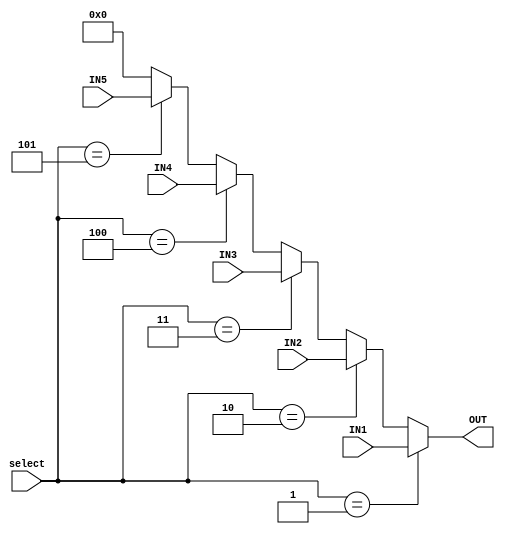
`timescale 1ns / 1ps
//////////////////////////////////////////////////////////////////////////////////
// Company: 
// 
// Design Name: 
// Module Name:    Multiplexer5 
// Project Name: 
// Target Devices: 
// Tool versions: 
// Description: 
//
// Dependencies: 
//
// Revision: 
// Revision 0.01 - File Created
// Additional Comments: 
//
//////////////////////////////////////////////////////////////////////////////////
module Multiplexer5(
	input [2:0] select,
	input [31:0] IN1,
	input [31:0] IN2,
	input [31:0] IN3,
	input [31:0] IN4,
	input [31:0] IN5,
	
	output [31:0] OUT
    );

	assign OUT =(select==3'b001)?IN1:
					(select==3'b010)?IN2:
					(select==3'b011)?IN3:
					(select==3'b100)?IN4:
					(select==3'b101)?IN5:32'b0;

endmodule